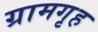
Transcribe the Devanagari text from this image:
ग्रामगृह